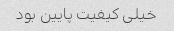
خیلی کیفیت پایین بود